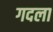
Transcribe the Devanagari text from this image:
गदला